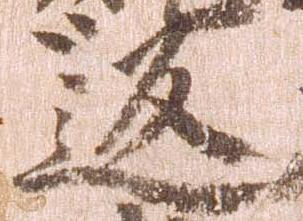
返